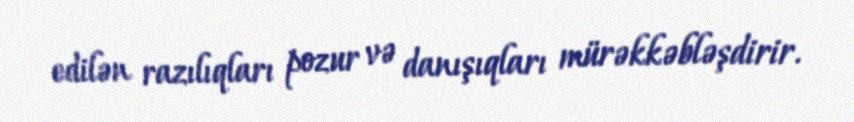
edilən razılıqları pozur və danışıqları mürəkkəbləşdirir.